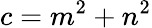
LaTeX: c=m^{2}+n^{2}